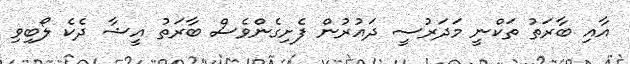
އާއި ބާރަތު ތަކްނީ މަދަރުސީ ދައުރުން ފެށިގެންވެސް ބާރަތު އީޝާ ދެކެ ލޯބިވި